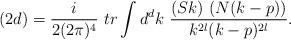
LaTeX: \begin{align*}(2d) = \frac{i}{2(2\pi)^4}\ tr \int d^dk\ \frac{(Sk)\ (N(k-p))}{k^{2l} (k-p)^{2l}}.\end{align*}